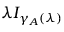
\lambda I _ { \gamma _ { A } ( \lambda ) }